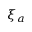
\xi _ { a }